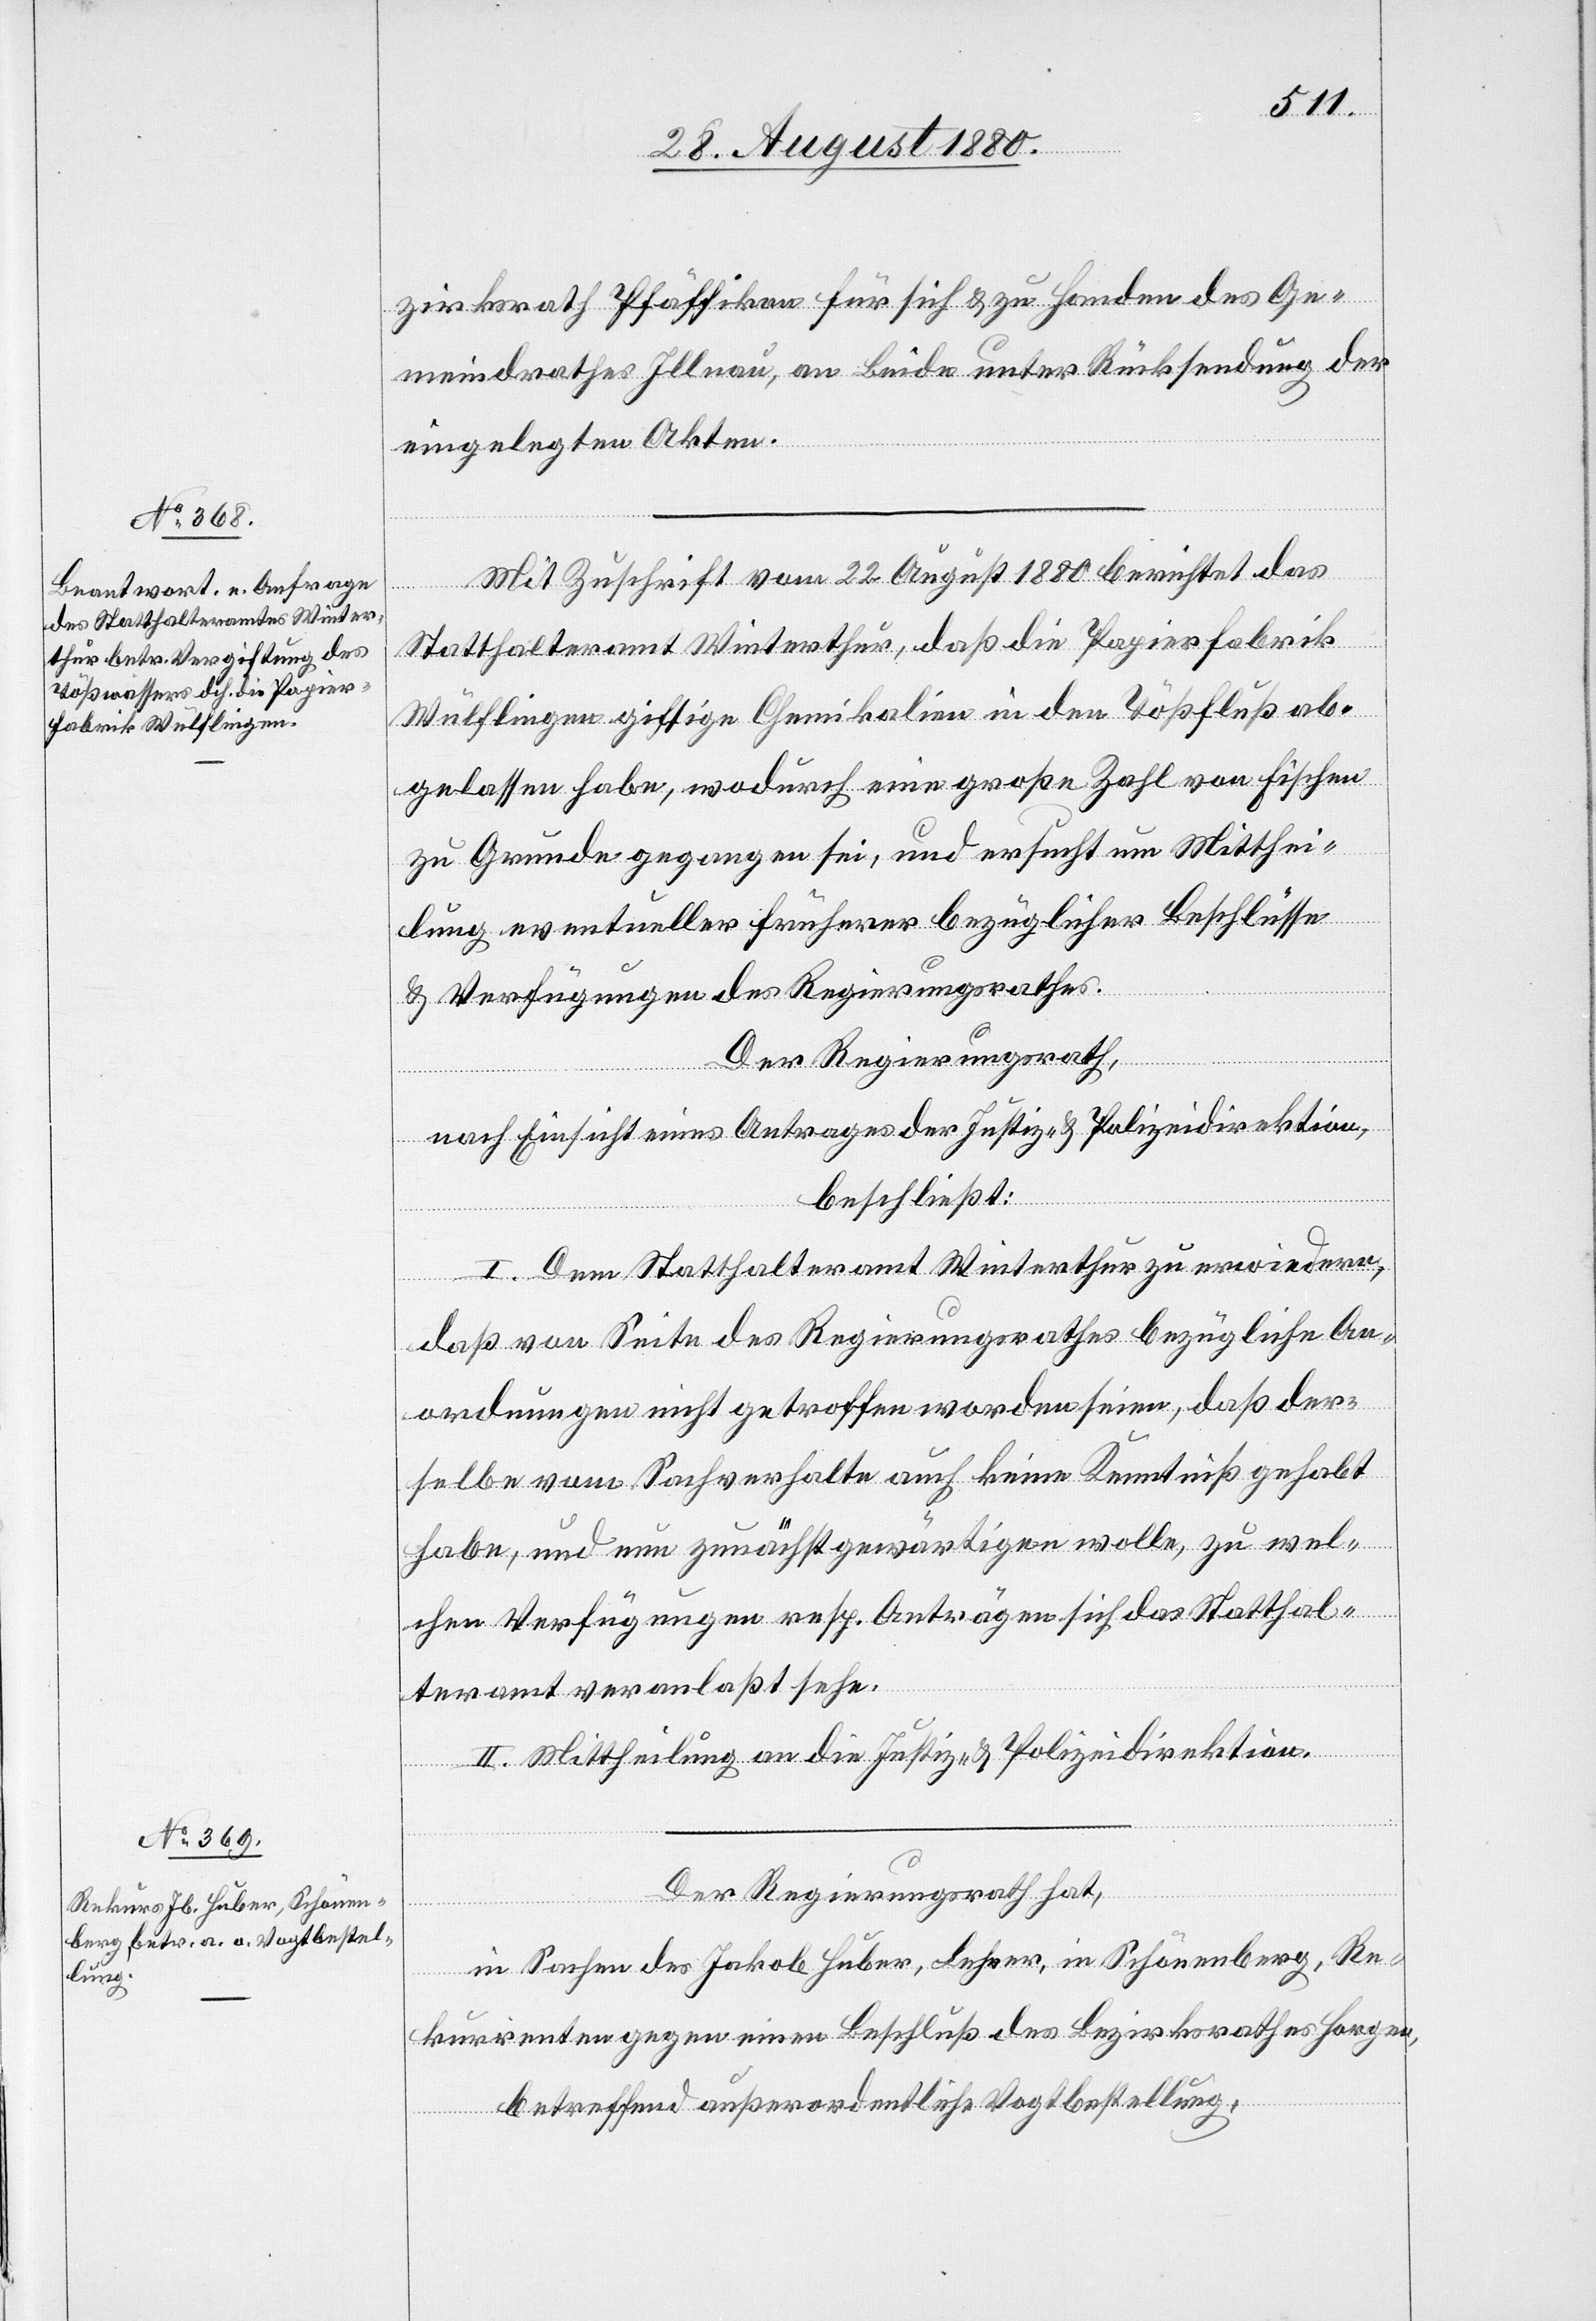
zirksrath Pfäffikon für sich & zu Handen des Ge¬
meindrathes Illnau, an Beide unter Rücksendung der
eingelegten Akten.
Mit Zuschrift vom 22. August 1880 berichtet das
Statthalteramt Winterthur, daß die Papierfabrik
Wülflingen giftige Chemikalien in den Tößfluss ab¬
gelassen habe, wodurch eine große Zahl von Fischen
zu Grunde gegangen sei, und ersucht um Mitthei¬
lung eventueller früherer bezüglicher Beschlüsse
& Verfügungen des Regierungsrathes.
Der Regierungsrath,
nach Einsicht eines Antrages der Justiz- & Polizeidirektion
beschließt:
I. Dem Statthalteramt Winterthur zu erwiedern,
daß von Seite des Regierungsrathes bezügliche An¬
ordnungen nicht getroffen worden seien, daß der¬
selbe vom Sachverhalte auch keine Kenntniß gehabt
habe, und nun zunächst gewärtigen wolle, zu wel¬
chen Verfügungen resp. Anträgen sich das Statthal¬
teramt veranlaßt habe.
II. Mittheilung an die Justiz- & Polizeidirektion.
Der Regierungsrath hat,
in Sachen des Jakob Huber, Lehrer, in Schönenberg, Re¬
kurrenten gegen einen Beschluß des Bezirksrathes Horgen,
betreffend außerordentliche Vogtbestellung,